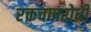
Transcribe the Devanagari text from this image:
रक्तचापरोधी